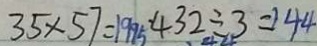
3 5 \times 5 7 = 1 9 9 5 4 3 2 \div 3 = 1 4 4